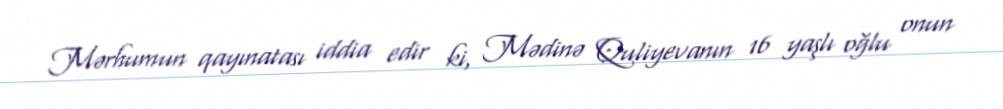
Mərhumun qayınatası iddia edir ki, Mədinə Quliyevanın 16 yaşlı oğlu onun